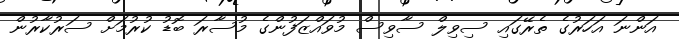
އަންނަ އަހަރުގެ ތެރޭގައި ސިވިލް ސާވިސް މުވައްޒަފުންގެ މުސާރަ ބޮޑު ކުރުމަށް ސަރުކާރުން